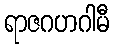
ရာဇဂဟဂါမီ